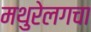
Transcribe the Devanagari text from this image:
मथुरेलगचा